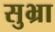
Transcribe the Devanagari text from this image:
सुभ्रा